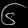
Digit: ၆